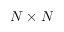
N \times N